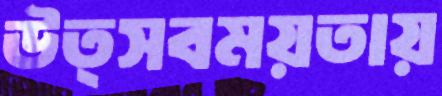
উত্সবময়তায়